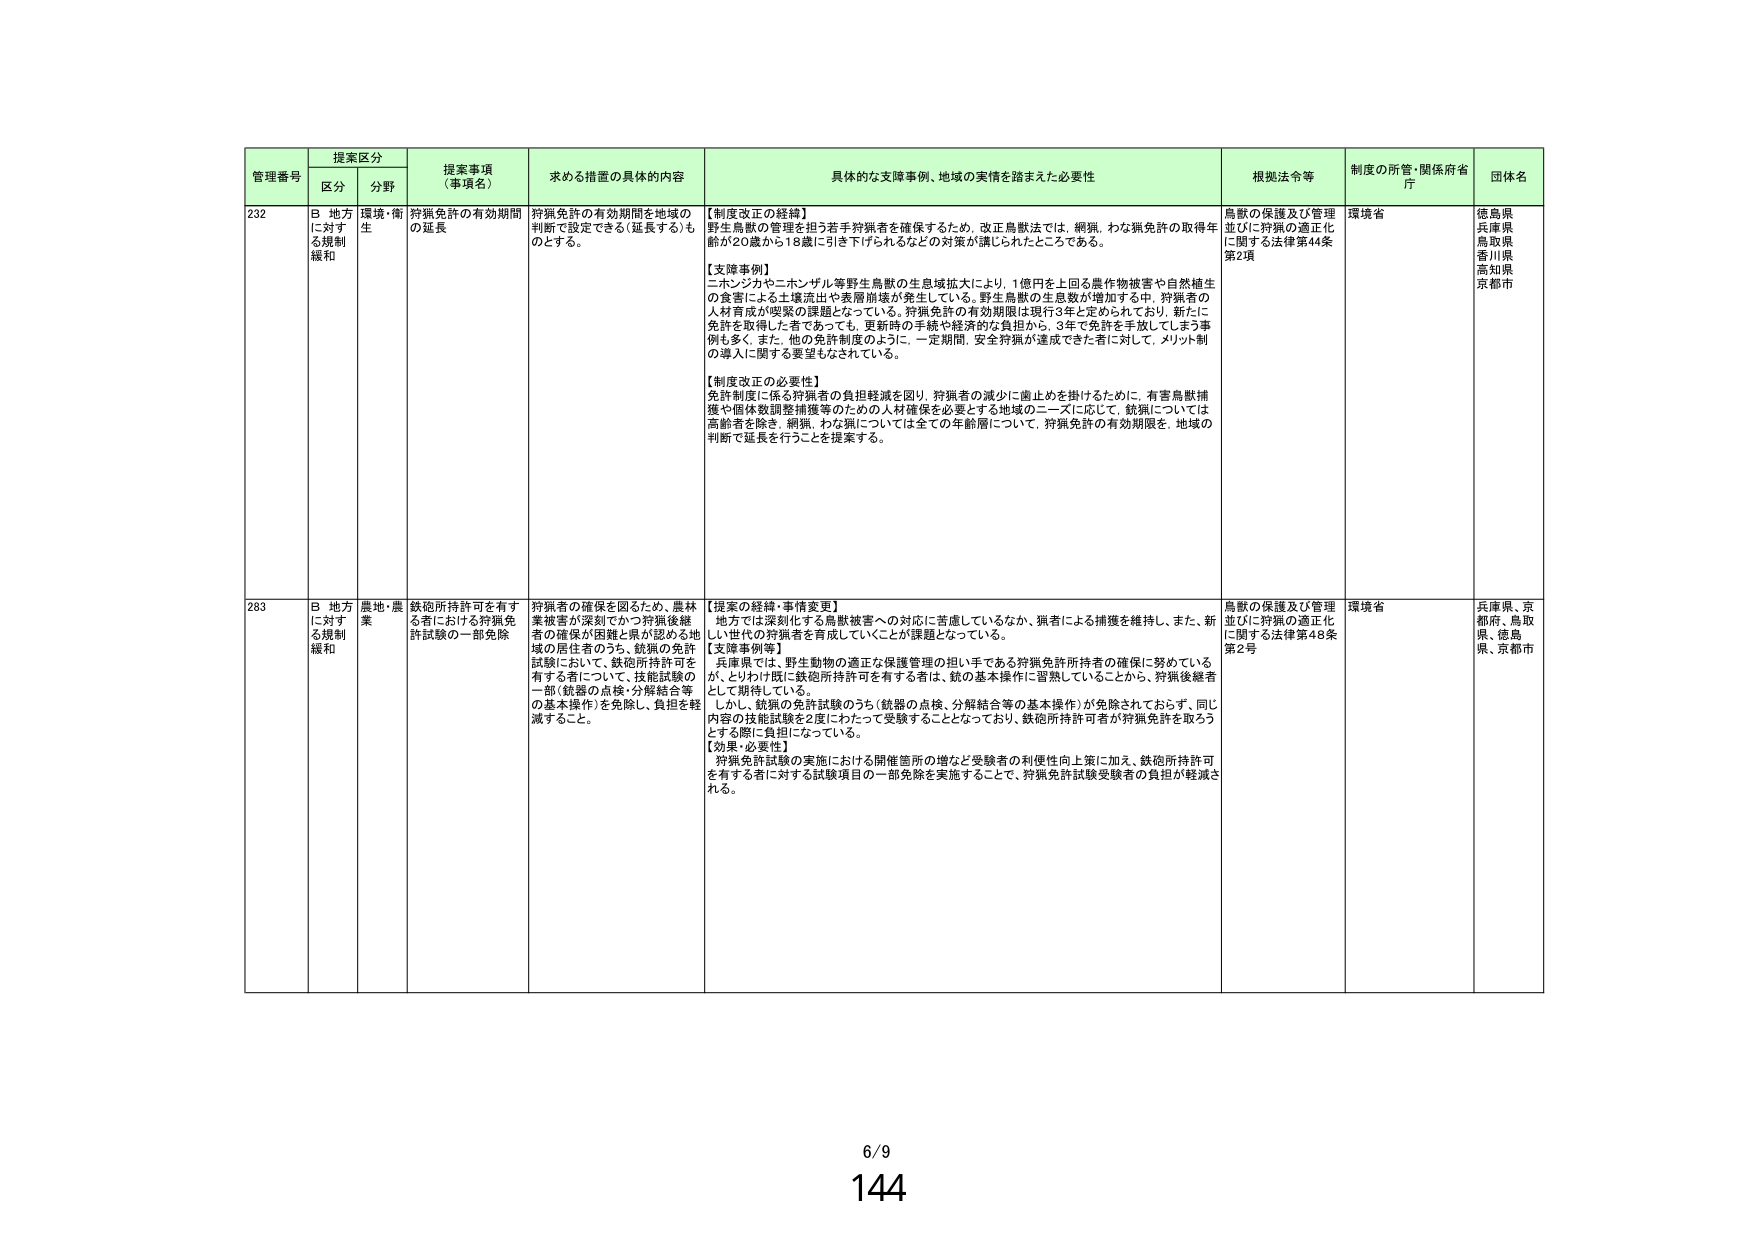
管理番号 提案区分 提案事項（事項名） 求める措置の具体的内容 具体的な支障事例、地域の実情を踏まえた必要性 根拠法令等 制度の所管・関係府省庁 団体名
区分 分野
232 B 地方に対する規制緩和 環境・衛生 狩猟免許の有効期間の延長 狩猟免許の有効期間を地域の判断で設定できる（延長する）ものとする。 【制度改正の経緯】野生鳥獣の管理を担う若手狩猟者を確保するため、改正鳥獣法では、網猟、わな猟免許の取得年齢が20歳から18歳に引き下げられるなどの対策が講じられたところである。 【支援事例】ニホンジカやニホンザル等野生鳥獣の生息域拡大により、1億円を上回る農作物被害や自然植生の食害による土壌流出や表層崩壊が発生している。野生鳥獣の生息数が増加する中、狩猟者の人材育成が喫緊の課題となっている。狩猟免許の有効期限は現行3年と定められており、新たに免許を取得した者であっても、更新時の手続や経済的な負担から、3年で免許を手放してしまう事例も多く、また、他の免許制度のように、一定期間、安全狩猟が達成できた者に対して、メリット制の導入に関する要望もなされている。 【制度改正の必要性】免許制度に係る狩猟者の負担軽減を図り、狩猟者の減少に歯止めを掛けるために、有害鳥獣捕獲や個体数調整捕獲等のための人材確保を必要とする地域のニーズに応じて、銃猟については高齢者を除き、網猟、わな猟については全ての年齢層について、狩猟免許の有効期限を、地域の判断で延長を行うことを提案する。 鳥獣の保護及び管理並びに狩猟の適正化に関する法律第44条第2項 環境省 徳島県 兵庫県 鳥取県 香川県 高知県 京都市
283 B 地方に対する規制緩和 農地・農業 銃砲所持許可を有する者における狩猟免許試験の一部免除 狩猟者の確保を図るため、農林業被害が深刻でかつ狩猟後継者の確保が困難と県が認める地域の居住者のうち、銃猟の免許試験において、銃砲所持許可を有する者について、技能試験の一部（銃器の点検・分解結合等の基本操作）を免除し、負担を軽減すること。 【提案の経緯・事情変更】地方では深刻化する鳥獣被害への対応に苦慮しているなか、猟者による捕獲を維持し、また、新しい世代の狩猟者を育成していくことが課題となっている。 【支援事例等】兵庫県では、野生動物の適正な保護管理の担い手である狩猟免許所持者の確保に努めているが、とりわけ既に銃砲所持許可を有する者は、銃の基本操作に習熟していることから、狩猟後継者として期待している。 しかし、銃猟の免許試験のうち（銃器の点検、分解結合等の基本操作）が免除されておらず、同じ内容の技能試験を2度にわたって受験することとなっており、銃砲所持許可者が狩猟免許を取ろうとする際に負担になっている。 【効果・必要性】狩猟免許試験の実施における開催箇所の増など受験者の利便性向上策に加え、銃砲所持許可を有する者に対する試験項目の一部免除を実施することで、狩猟免許試験受験者の負担が軽減される。 鳥獣の保護及び管理並びに狩猟の適正化に関する法律第48条第2号 環境省 兵庫県、京都府、鳥取県、徳島県、京都市
6/9
144